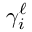
\gamma _ { i } ^ { \ell }